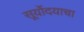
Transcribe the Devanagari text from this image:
सूर्योदयाचा